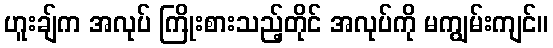
ဟူးချ်က အလုပ် ကြိုးစားသည့်တိုင် အလုပ်ကို မကျွမ်းကျင်။